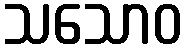
သသောဝ